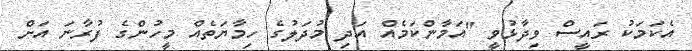
އެކަމަކު ރައީސް ވިދާޅުވީ "އަމާންކަމެއް އަދި މުދަލުގެ ހިމާޔަތެއް މީހުންގެ ފުރާނަ އަށް